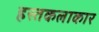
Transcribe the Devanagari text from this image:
हस्तकलाकार